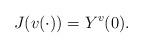
LaTeX: \begin{align*} J(v(\cdot))=Y^v(0). \end{align*}